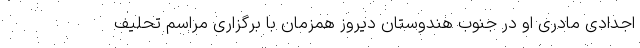
اجدادی مادری او در جنوب هندوستان دیروز همزمان با برگزاری مراسم تحلیف